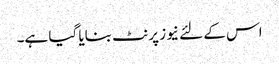
اس کے لئے نیوز پرنٹ بنایا گیا ہے۔